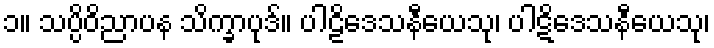
၁။ သပ္ပိဝိညာပန သိက္ခာပုဒ်။ ပါဠိဒေသနီယေသု၊ ပါဋိဒေသနီယေသု၊